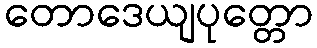
တောဒေယျပုတ္တော